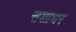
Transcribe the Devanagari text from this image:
सशाधर